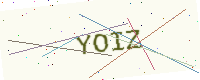
Text: YOIZ